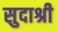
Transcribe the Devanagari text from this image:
सुदाश्री